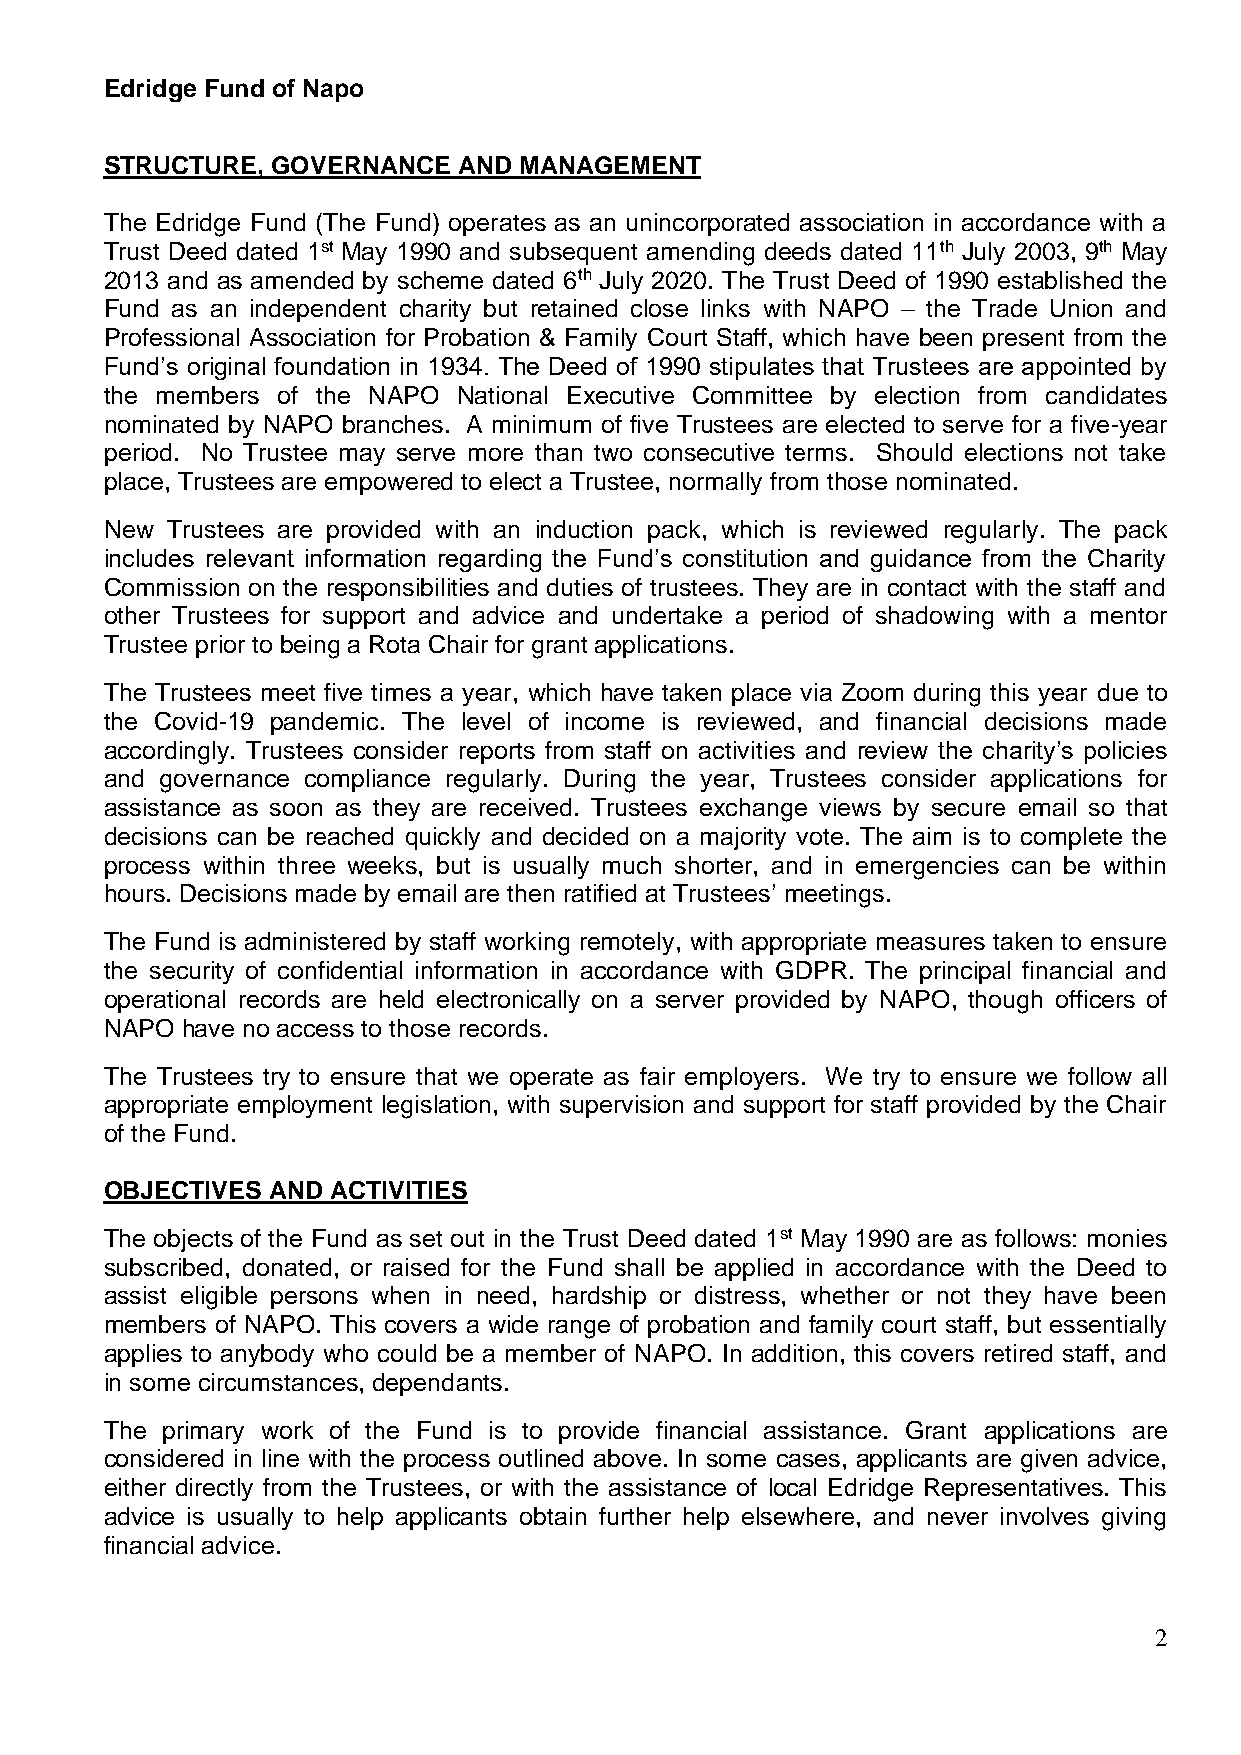
Edridge Fund of Napo
 STRUCTURE, GOVERNANCE  AND MANAGEMENT
 The Edridge Fund (The Fund) operates as an unincorporated association in accordance with a
 Trust Deed dated 1st May 1990 and subsequent amending deeds dated 11th July 2003, 9th May
 2013 and as amended by scheme dated 6th July 2020. The Trust Deed of 1990 established the
 Fund as an independent charity but retained close links with NAPO – the Trade Union and
 Professional Association for Probation & Family Court Staff, which have been present from the
 Fund’s original foundation in 1934. The Deed of 1990 stipulates that Trustees are appointed by
 the members of the NAPO National Executive Committee by election from candidates
 nominated by NAPO branches. A minimum of five Trustees are elected to serve for a five-year
 period. No Trustee may serve more than two consecutive terms. Should elections not take
 place, Trustees are empowered to elect a Trustee, normally from those nominated.
 New Trustees are provided with an induction pack, which is reviewed regularly. The pack
 includes relevant information regarding the Fund’s constitution and guidance from the Charity
 Commission on the responsibilities and duties of trustees. They are in contact with the staff and
 other Trustees for support and advice and undertake a period of shadowing with a mentor
 Trustee prior to being a Rota Chair for grant applications.
 The Trustees meet five times a year, which have taken place via Zoom during this year due to
 the Covid-19 pandemic. The level of income is reviewed, and financial decisions made
 accordingly. Trustees consider reports from staff on activities and review the charity’s policies
 and governance compliance regularly. During the year, Trustees consider applications for
 assistance as soon as they are received. Trustees exchange views by secure email so that
 decisions can be reached quickly and decided on a majority vote. The aim is to complete the
 process within three weeks, but is usually much shorter, and in emergencies can be within
 hours. Decisions made by email are then ratified at Trustees’ meetings.
 The Fund is administered by staff working remotely, with appropriate measures taken to ensure
 the security of confidential information in accordance with GDPR. The principal financial and
 operational records are held electronically on a server provided by NAPO, though officers of
 NAPO have no access to those records.
 The Trustees try to ensure that we operate as fair employers. We try to ensure we follow all
 appropriate employment legislation, with supervision and support for staff provided by the Chair
 of the Fund.
 OBJECTIVES AND ACTIVITIES
 The objects of the Fund as set out in the Trust Deed dated 1st May 1990 are as follows: monies
 subscribed, donated, or raised for the Fund shall be applied in accordance with the Deed to
 assist eligible persons when in need, hardship or distress, whether or not they have been
 members of NAPO. This covers a wide range of probation and family court staff, but essentially
 applies to anybody who could be a member of NAPO. In addition, this covers retired staff, and
 in some circumstances, dependants.
 The primary work of the Fund is to provide financial assistance. Grant applications are
 considered in line with the process outlined above. In some cases, applicants are given advice,
 either directly from the Trustees, or with the assistance of local Edridge Representatives. This
 advice is usually to help applicants obtain further help elsewhere, and never involves giving
 financial advice.
 2